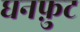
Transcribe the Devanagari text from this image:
घनफ़ुट